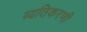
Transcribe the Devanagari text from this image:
व्यतिकरणी